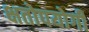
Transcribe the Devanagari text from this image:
क्षतोपयोगी